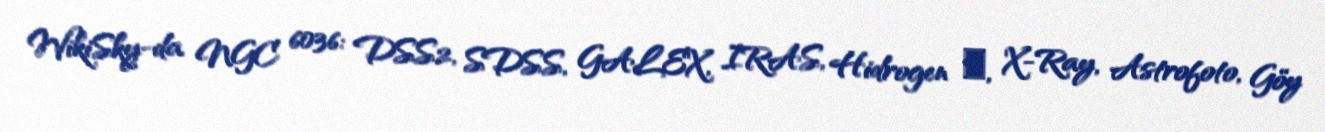
WikiSky-da NGC 6036: DSS2, SDSS, GALEX, IRAS, Hidrogen α, X-Ray, Astrofoto, Göy